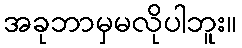
အခုဘာမှမလိုပါဘူး။